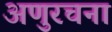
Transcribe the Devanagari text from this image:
अणुरचना